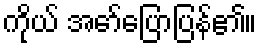
ကိုယ် အော်ပြောပြန်၏။